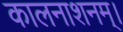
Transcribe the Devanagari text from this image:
कालनाशनम्।